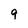
Character: 9